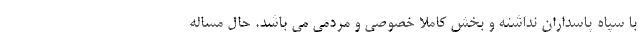
با سپاه پاسداران نداشته و بخش کاملاً خصوصی و مردمی می باشد. حال مساله